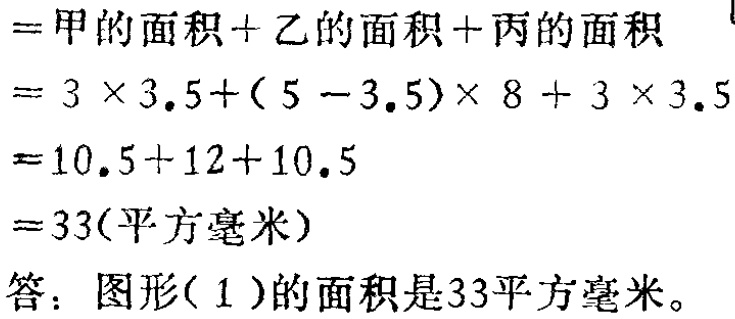
\[

\begin{align*}

&= \text{甲的面积}+\text{乙的面积}+\text{丙的面积}\\

&=3\times3.5+(5 - 3.5)\times8+3\times3.5\\

&=10.5 + 12+10.5\\

&=33(\text{平方毫米})

\end{align*}

\]

答：图形( 1 )的面积是33平方毫米。